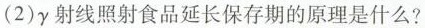
(2)γ射线照射食品延长保存期的原理是什么?